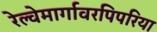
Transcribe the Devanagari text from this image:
रेल्वेमार्गावरपिपरिया